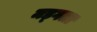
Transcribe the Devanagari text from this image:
मड्गला